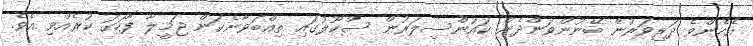
އެހެންވެ ދަރިވަރުން ބޭނުންވަންދެން ކައުންސިލަރުން ސްކޫލުގައި ތިއްބަވާނެކަން ޖަމީލާ ފާހަގަ ކުރެއްވި އެވެ.